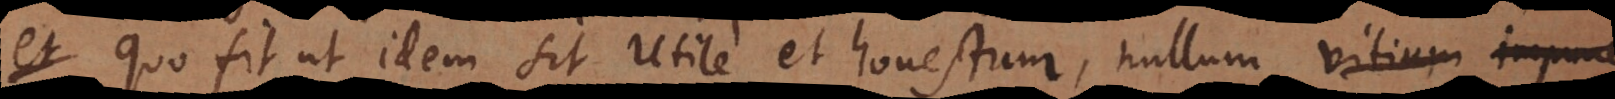
et Quo fit ut idem sit utile et honestum, nullum vitium